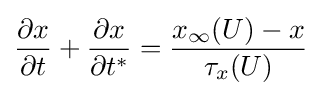
{\partial x \over \partial t}+{\partial x \over \partial t^{*}}={x_{\infty }(U)-x \over \tau _{x}(U)}